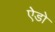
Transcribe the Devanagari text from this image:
ऐडो